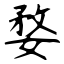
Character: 婺